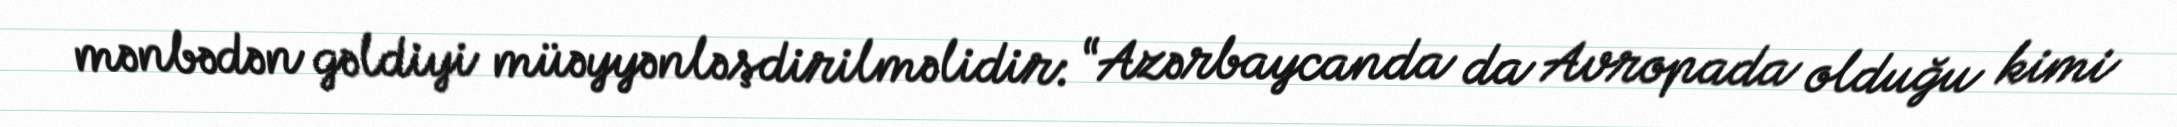
mənbədən gəldiyi müəyyənləşdirilməlidir: “Azərbaycanda da Avropada olduğu kimi